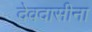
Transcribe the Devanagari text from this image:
देवदासीना